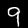
Label: 9